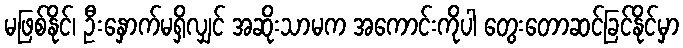
မဖြစ်နိုင်၊ ဦးနှောက်မရှိလျှင် အဆိုးသာမက အကောင်းကိုပါ တွေးတောဆင်ခြင်နိုင်မှာ